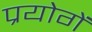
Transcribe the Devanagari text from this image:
प्रयोगें